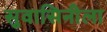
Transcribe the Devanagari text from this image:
सुवासिनीला